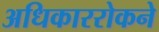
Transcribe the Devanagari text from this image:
अधिकाररोकने